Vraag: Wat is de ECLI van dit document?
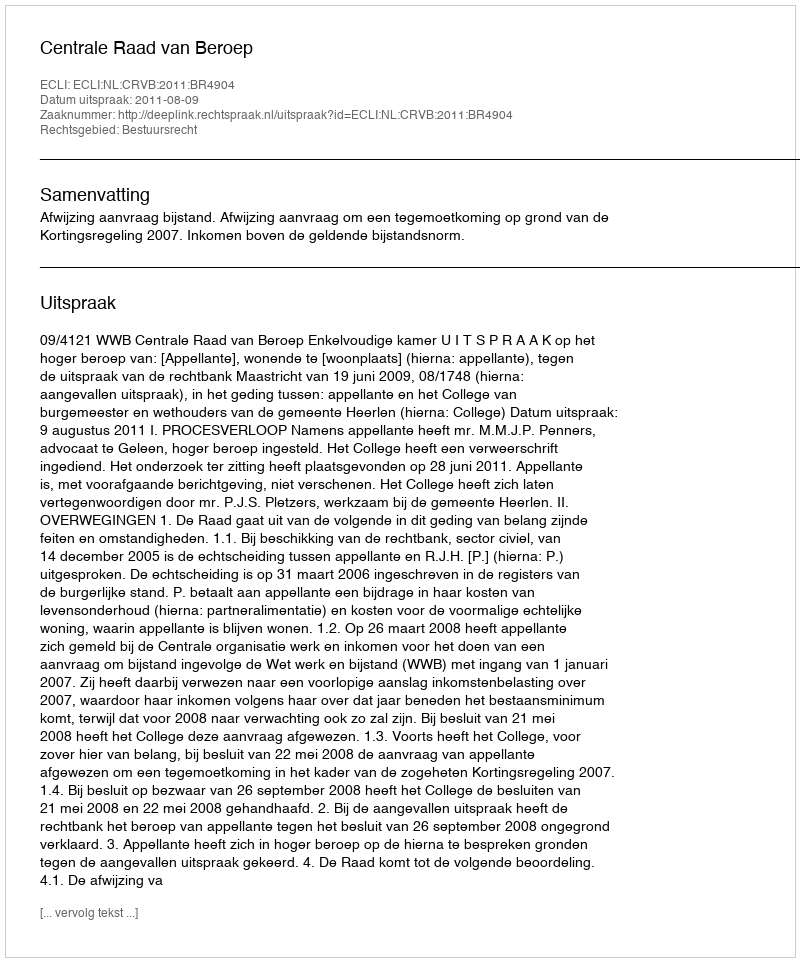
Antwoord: ECLI:NL:CRVB:2011:BR4904